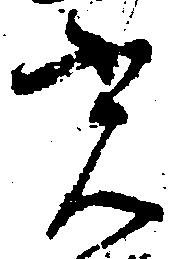
光